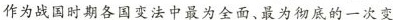
作为战国时期各国变法中最为全面、最为彻底的一次变